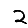
Digit: 2